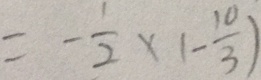
= - \frac { 1 } { 2 } \times ( - \frac { 1 0 } { 3 } )